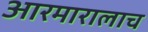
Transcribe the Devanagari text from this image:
आरमारालाच